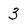
Character: 3